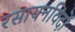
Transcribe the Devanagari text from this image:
रसायनविदों